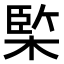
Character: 𣔿